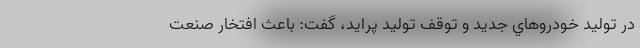
در توليد خودروهاي جديد و توقف توليد پرايد، گفت: باعث افتخار صنعت